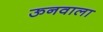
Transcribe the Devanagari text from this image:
ऊनवाला